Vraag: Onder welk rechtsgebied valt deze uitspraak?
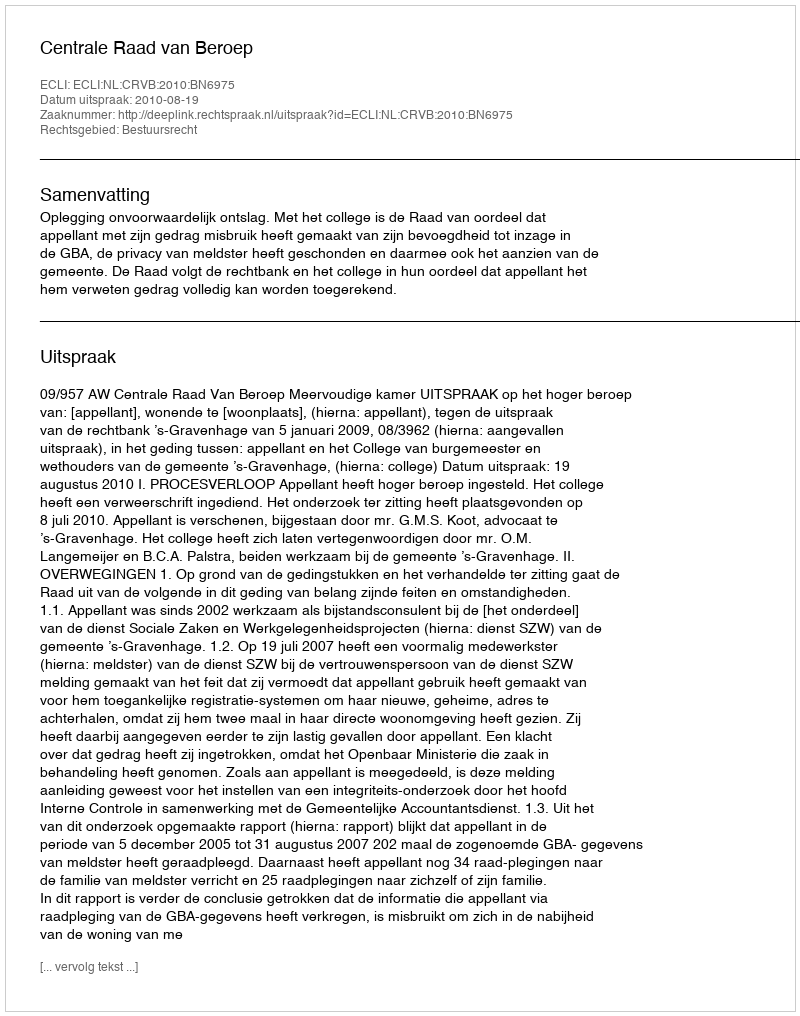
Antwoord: Bestuursrecht